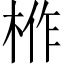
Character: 𭪌